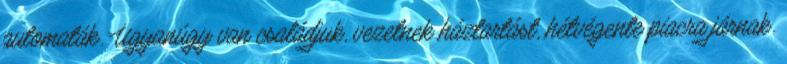
automaták. Ugyanúgy van családjuk, vezetnek háztartást, hétvégente piacra járnak.